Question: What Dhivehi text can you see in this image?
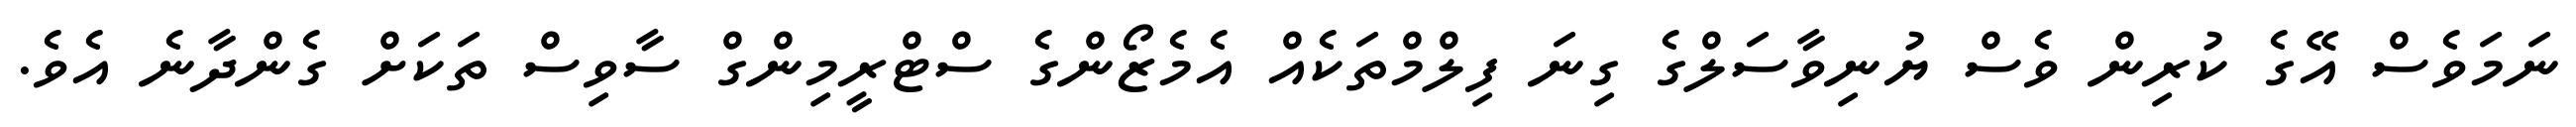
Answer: ނަމަވެސް އޭގެ ކުރިން ވެސް ޔުނިވާސަލްގެ ގިނަ ފިލްމްތަކެއް އެމެޒޯންގެ ސްޓްރީމިންގް ސާވިސް ތަކަށް ގެންދާނެ އެވެ.